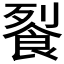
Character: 𲋗